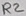
Text: R2